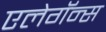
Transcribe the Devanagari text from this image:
एलेगॅन्स